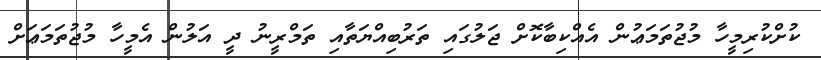
ކުށްކުރިމީހާ މުޖުތަމަޢުން އެއްކިބާކޮށް ޖަލުގައި ތަރުބިއްޔަތާއި ތަމްރީނު ދީ އަލުން އެމީހާ މުޖުތަމަޢަށް